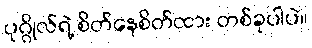
ပုဂ္ဂိုလ်ရဲ့ စိတ်နေစိတ်ထား တစ်ခုပါပဲ။